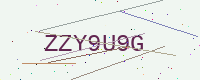
Text: ZZY9U9G